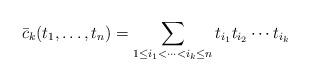
LaTeX: \begin{align*}\bar{c}_k(t_1, \dots, t_n) = \sum_{1 \leq i_1 < \dots < i_k \leq n} t_{i_1} t_{i_2} \cdots t_{i_k}\end{align*}